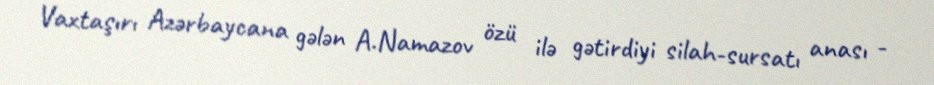
Vaxtaşırı Azərbaycana gələn A.Namazov özü ilə gətirdiyi silah-sursatı anası -